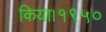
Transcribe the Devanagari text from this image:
किया।१९५०